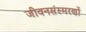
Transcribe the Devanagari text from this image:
जीवनसंस्मरणों